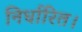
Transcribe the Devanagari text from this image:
निर्धारित।